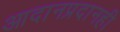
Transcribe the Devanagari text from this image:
आदानप्रदानही